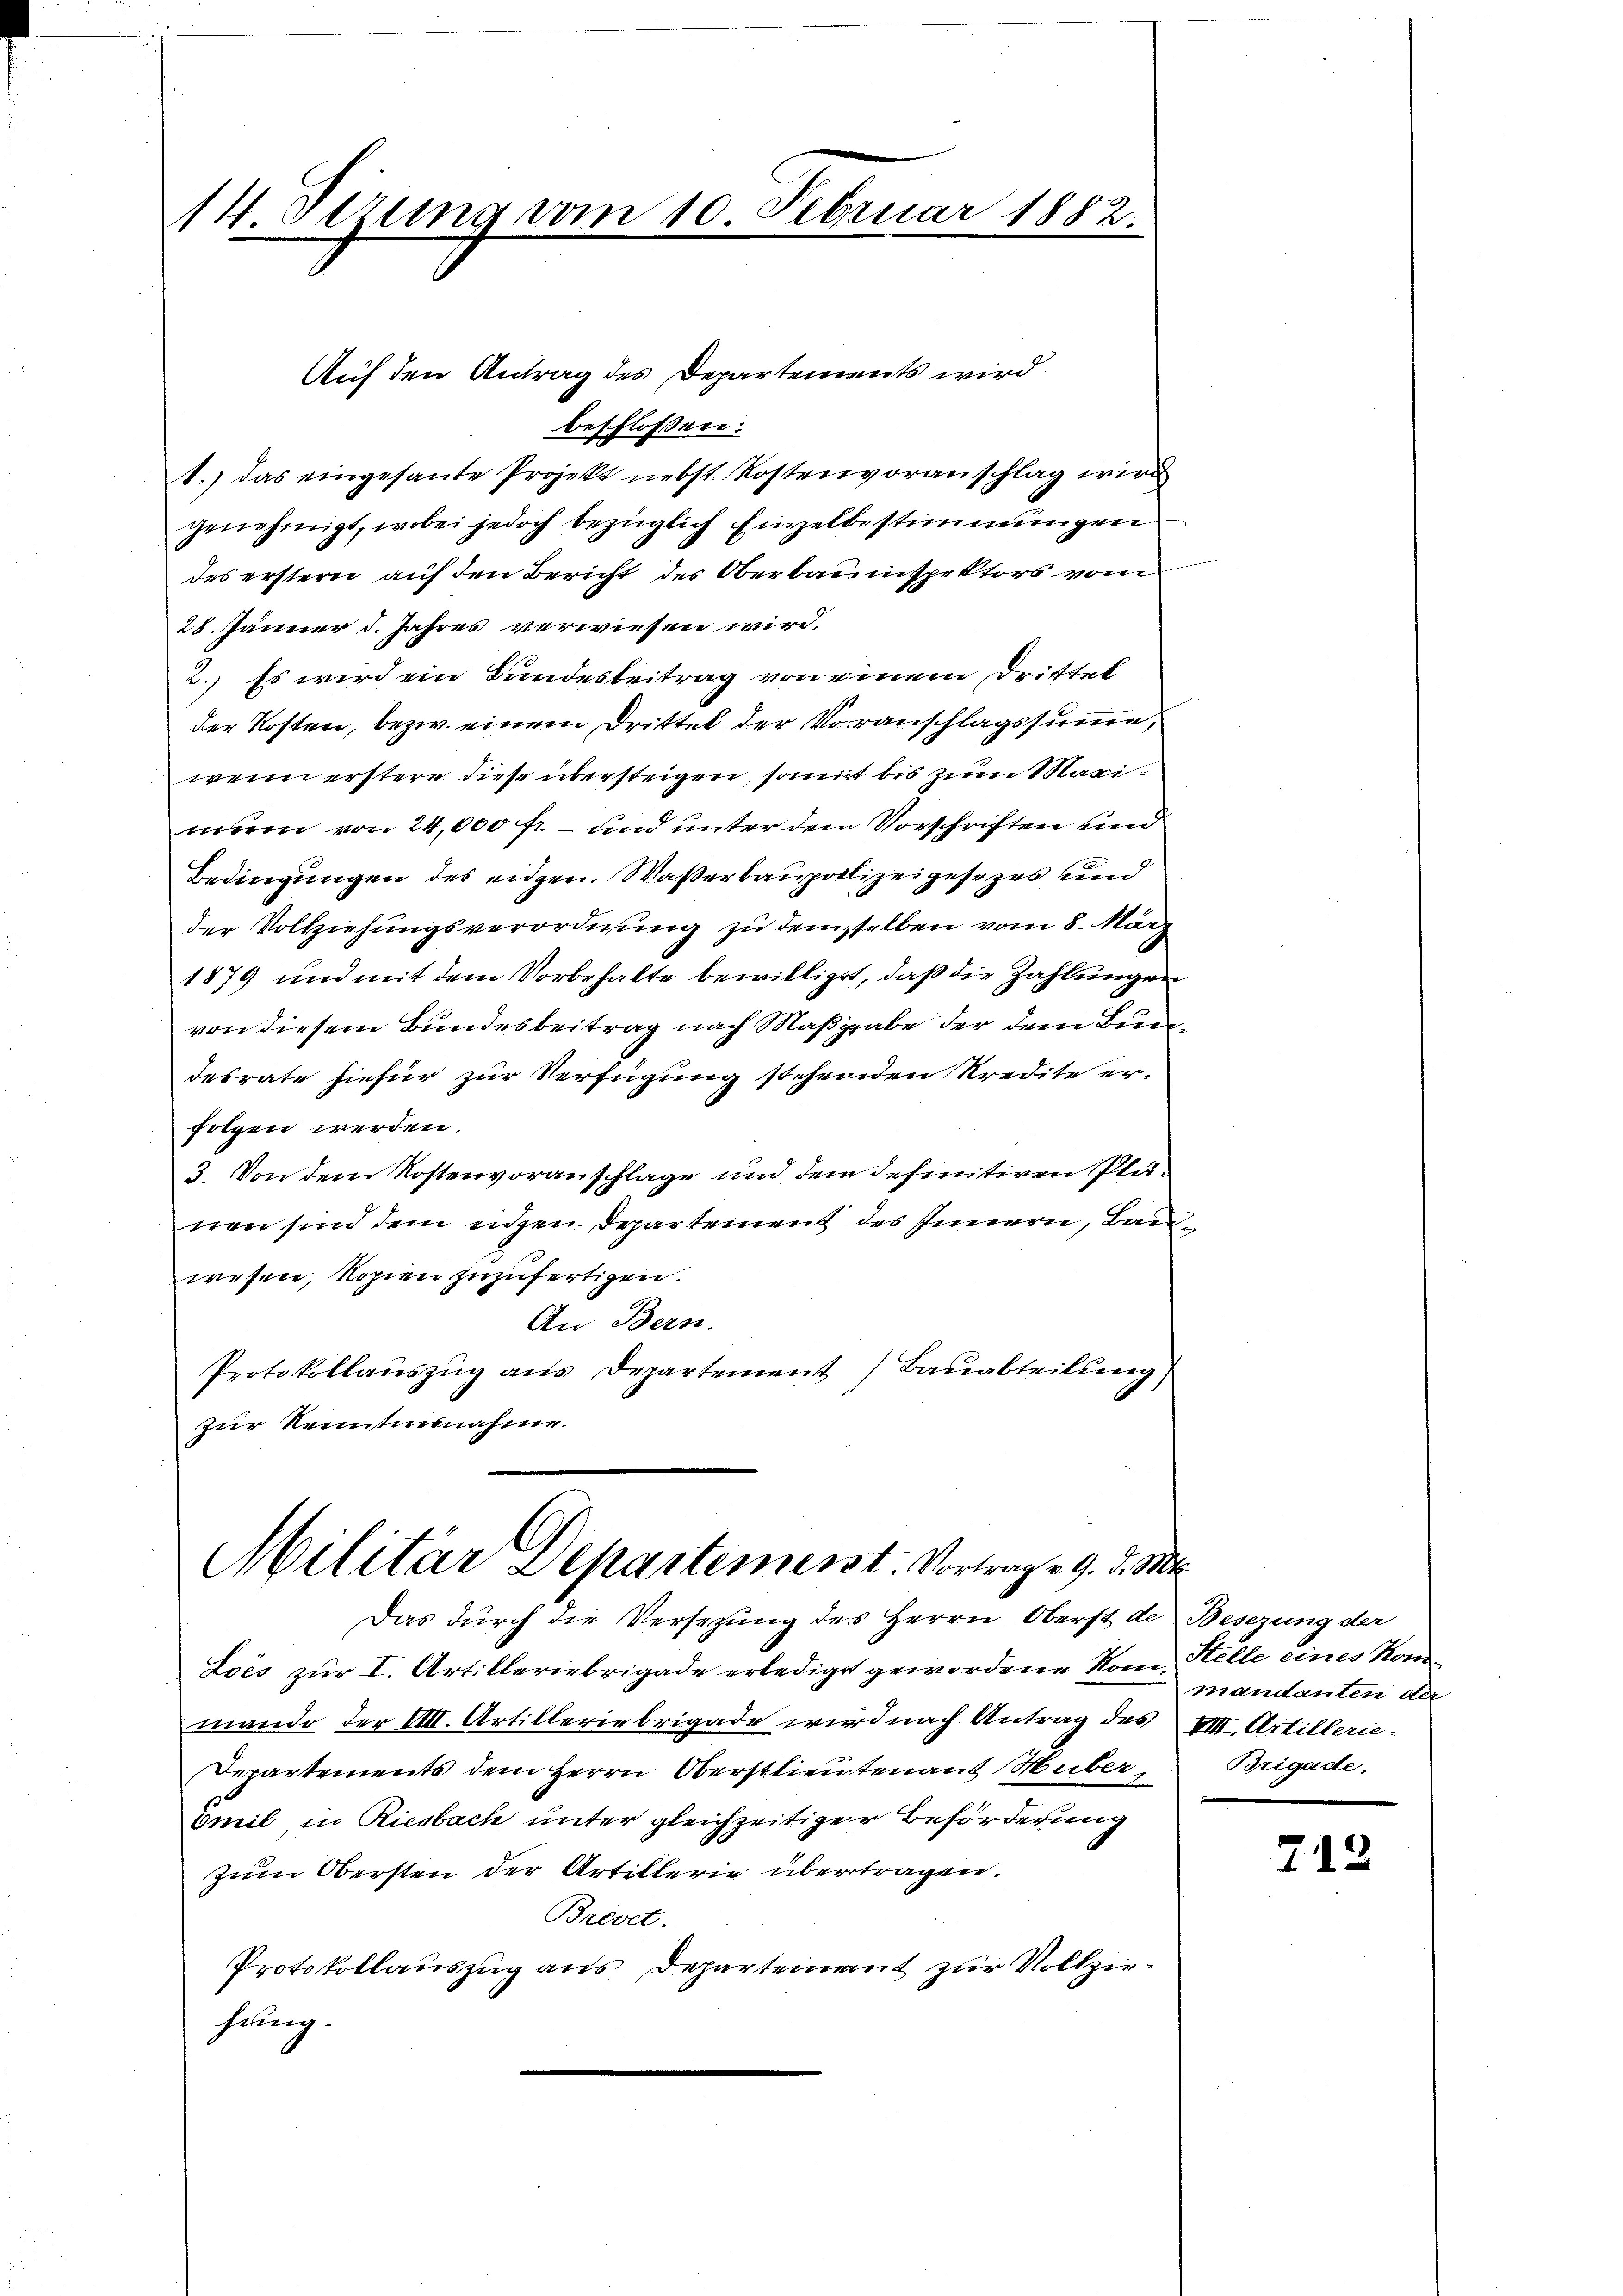
14 dirung vom 10. Februar 1882.

beschlossen:
1.) das eingesante Projekt nebst Kostenvoranschlag wird
genehmigt, wobei jedoch bezüglich Einzelbestimmungen
des erstern auf den Bericht des Oberbauinspektors vom
28. Jänner d. Jahres verwiesen wird.
2.) Es wird ein Bundesbeitrag von einem Drittel
der Kosten, bezw. einem Drittel der Voranschlagssumme,
wenn erstere diese übersteigen, somit bis zum Maximeen von 24,000 fr – und unter dem Vorschriften und
Bedingungen des eigen. Waßerbaupolizeigesezes und
der Vollziehungsverordnung zu demselben vom 8. März
1879 und mit dem Vorbehalte bewilliget, daß die Zahlungen
von diesem Bundesbeitrag nach Maßgabe der dem Bundesrate hiefür zur Verfügung stehenden Kredite erfolgen werden.
3. Von dem Kostenvoranschlage und dem definitiven Planen sind dem eidgen. Departement des Innern, Bauwesen, Kopien zuzufertigen.
An Bern.
Protokollauszug aus Departement) Bauabteilung
zur Kenntnisnahme.

Auf den Antrag des Departements wird.

Militär Departement. Vortrage 9. d. Mts.
Das durch die Versezung des Herrn Oberst de Besezung der

Loès zur I. Artilleriebrigade erlediget gewordene Rom, Stelle eines Kom
mando der IIII. Artilleriebrigade wird nach Antrag des XII. Artillerie-
Departements dem Herrn Oberstlieutenant Huber,
Omil in Riesbach unter gleichzeitiger Beförderung
Zum Obersten der Artillerie übertragen.
Brevet.
Protokollauszug aus Departement zur Vollziehung.

mandanten der
Brigade.

712